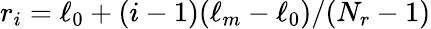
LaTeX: r_{i}=\ell_{0}+(i-1)(\ell_{m}-\ell_{0})/(N_{r}-1)